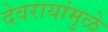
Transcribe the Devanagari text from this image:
देवरायांमुळे